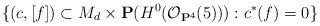
LaTeX: \begin{align*}\{(c, [f])\subset M_d\times \mathbf P(H^0(\mathcal O_{\mathbf P^4}(5))): c^\ast(f)=0\}\end{align*}